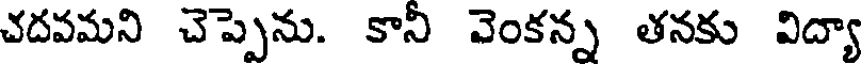
చదవమని చెప్పెను. కానీ వెంకన్న తనకు విద్యా